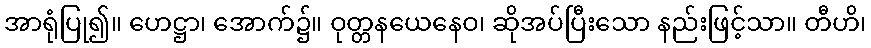
အာရုံပြု၍။ ဟေဋ္ဌာ၊ အောက်၌။ ဝုတ္တနယေနေဝ၊ ဆိုအပ်ပြီးသော နည်းဖြင့်သာ။ တီဟိ၊